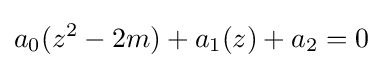
a_{0}(z^{2}-2m)+a_{1}(z)+a_{2}=0